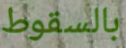
بالسقوط